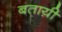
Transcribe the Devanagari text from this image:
बताय़ी